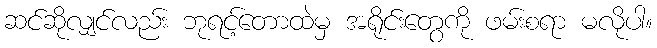
ဆင်ဆိုလျှင်လည်း ဘုရင့်တောထဲမှ အရိုင်းတွေကို ဖမ်းစရာ မလိုပါ။